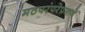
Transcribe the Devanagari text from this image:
मठपरंपरेप्रमाणे